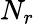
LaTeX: N_{r}